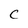
Character: C